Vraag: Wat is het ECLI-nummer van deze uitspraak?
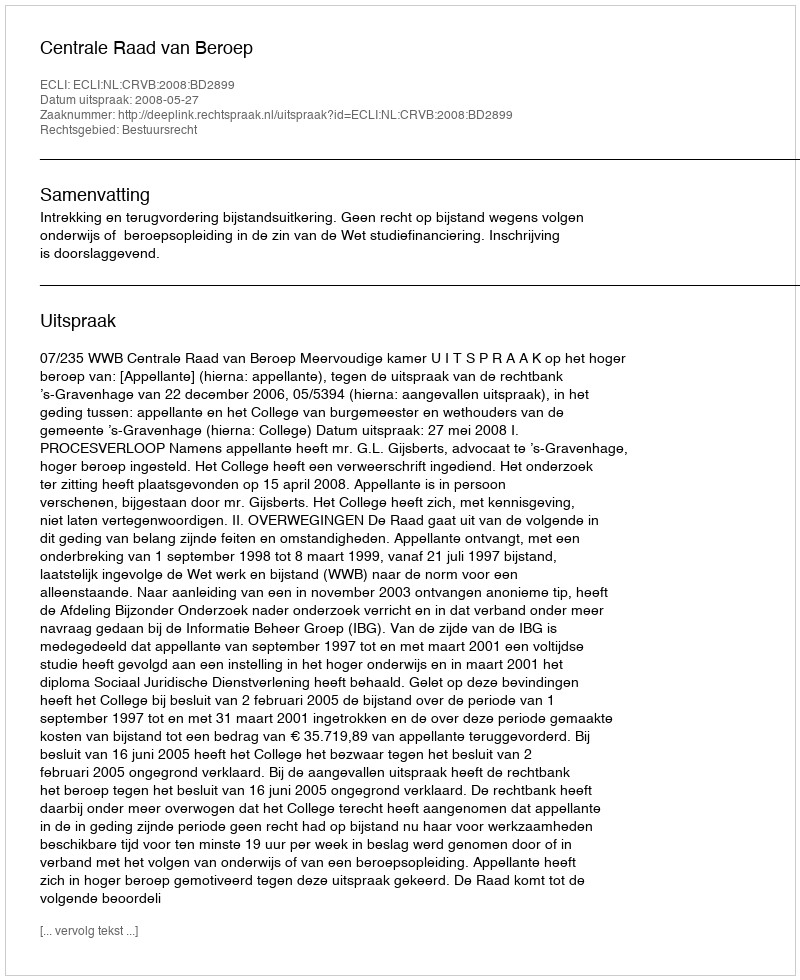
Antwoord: ECLI:NL:CRVB:2008:BD2899